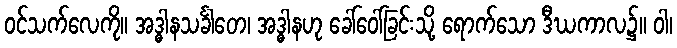
ဝင်သက်လေကို။ အဒ္ဓါနသင်္ခါတေ၊ အဒ္ဓါနဟု ခေါ်ဝေါ်ခြင်းသို့ ရောက်သော ဒီဃကာလ၌။ ဝါ၊